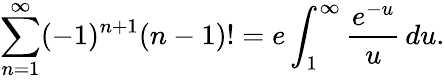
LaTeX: \sum_{n=1}^{\infty}(-1)^{n+1}(n-1)!=e\int_{1}^{\infty}{\frac{e^{-u}}{u}}\, du.